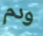
ودم